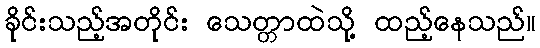
ခိုင်းသည့်အတိုင်း သေတ္တာထဲသို့ ထည့်နေသည်။